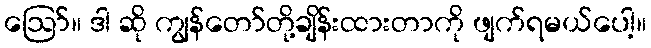
ဪ။ ဒါ ဆို ကျွန်တော်တို့ချိန်းထားတာကို ဖျက်ရမယ်ပေါ့။